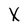
Character: X